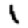
Digit: 1